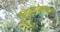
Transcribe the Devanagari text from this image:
स्ट्राटोकास्टर